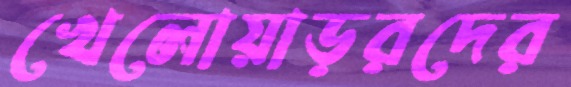
খেলোয়াড়রদের